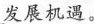
发展机遇。